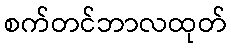
စက်တင်ဘာလထုတ်